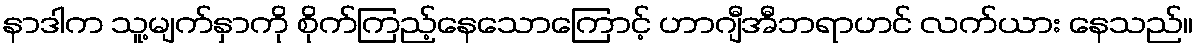
နာဒါက သူ့မျက်နှာကို စိုက်ကြည့်နေသောကြောင့် ဟာဂျီအီဘရာဟင် လက်ယား နေသည်။